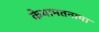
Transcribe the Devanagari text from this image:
केयामतनामा